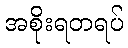
အစိုးရတရပ်